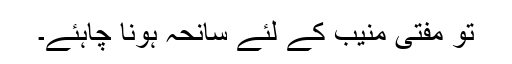
تو مفتی منیب کے لئے سانحہ ہونا چاہئے۔